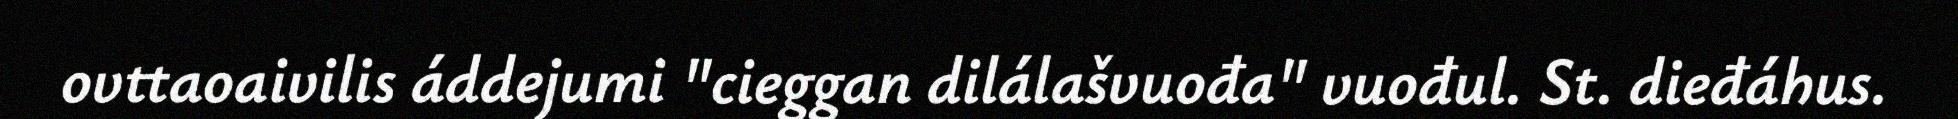
ovttaoaivilis áddejumi "cieggan dilálašvuođa" vuođul. St. dieđáhus.